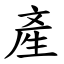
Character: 產